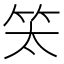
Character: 𥫵